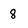
Character: 8